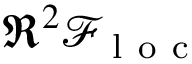
\Re ^ { 2 } \mathcal { F } _ { \mathrm { ~ l ~ o ~ c ~ } }